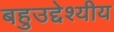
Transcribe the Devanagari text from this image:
बहुउद्देश्‍यीय